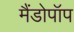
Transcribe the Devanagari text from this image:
मैंडोपॉप